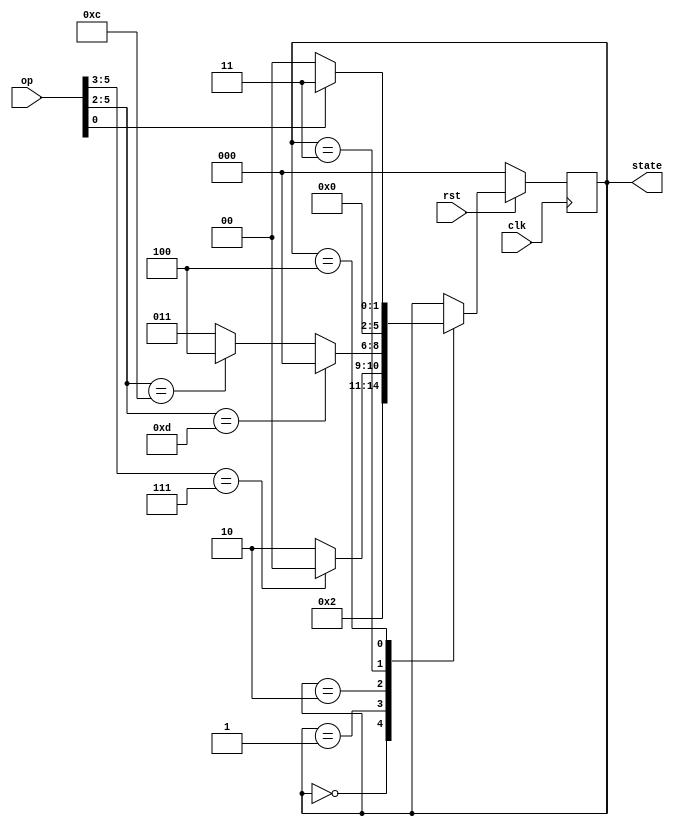
module MultiState(
    input clk,
    input rst,
    input [5:0] op,

    output [2:0] state
    );

    reg [2:0] tmp;

    assign state = tmp;

    always@(posedge clk) begin
        if (rst == 0) begin
            tmp = 3'B000;
        end else begin
            case (tmp)
                3'B000: tmp = 3'B001;
                3'B001: begin
                    if (op[5:3] == 3'B111) begin // j, jal, jr, halt
                        tmp = 3'B000;
                    end else begin // others
                        tmp = 3'B010;
                    end
                end
                3'B010: begin
                    if (op[5:2] == 4'B1101) begin // beq, bltz
                        tmp = 3'B000;
                    end else if (op[5:2] == 4'B1100) begin // sw, lw
                        tmp = 3'B100;
                    end else begin // others
                        tmp = 3'B011;
                    end
                end
                3'B011: tmp = 3'B000;
                3'B100: begin
                    if (op[0] == 1) begin // lw
                        tmp = 3'B011;
                    end else begin
                        tmp = 3'B000;
                    end
                end
            endcase
        end
    end

endmodule